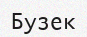
Бузек